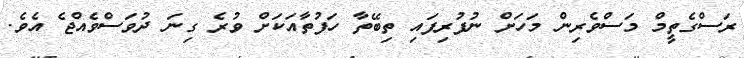
ރަސްގެތީމް މަސްވެރިން މަހަށް ނުފުރިފައި ތިބޭތާ ހަފުތާއަކަށް ވުރެ ގިނަ ދުވަސްވެއްޖެ އެވެ.